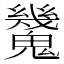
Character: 𩴪